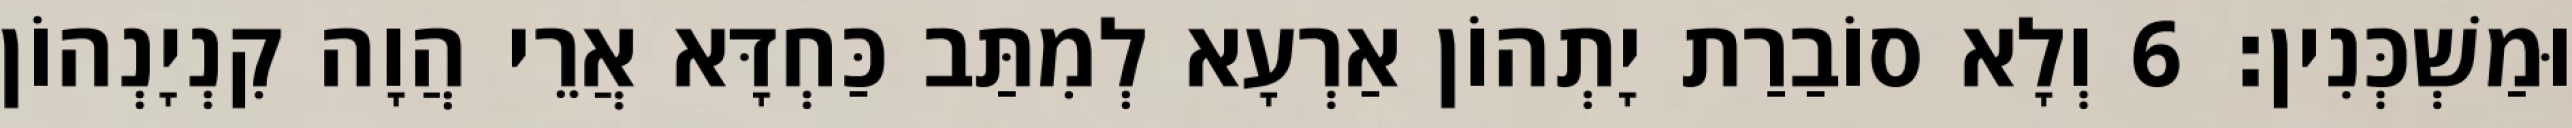
וּמַשְׁכְּנִין׃ 6 וְלָא סוֹבַרַת יָתְהוֹן אַרְעָא לְמִתַּב כַּחְדָּא אֲרֵי הֲוָה קִנְיָנְהוֹן